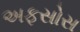
અફસોસ